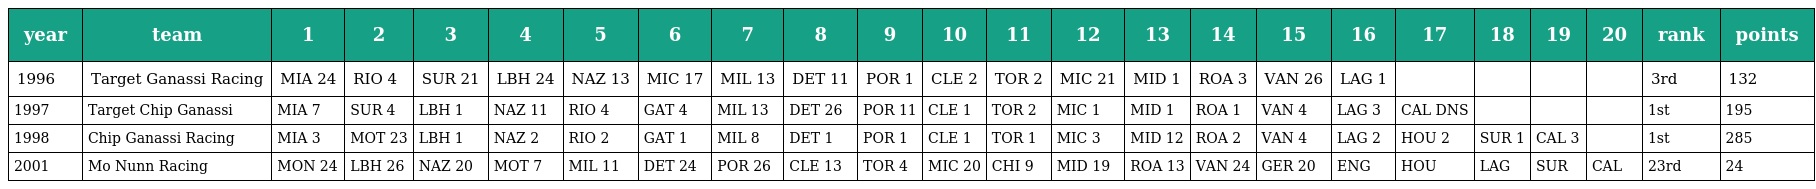
| year | team | 1 | 2 | 3 | 4 | 5 | 6 | 7 | 8 | 9 | 10 | 11 | 12 | 13 | 14 | 15 | 16 | 17 | 18 | 19 | 20 | rank | points |
 | --- | --- | --- | --- | --- | --- | --- | --- | --- | --- | --- | --- | --- | --- | --- | --- | --- | --- | --- | --- | --- | --- | --- | --- |
 | 1996 | Target Ganassi Racing | MIA 24 | RIO 4 | SUR 21 | LBH 24 | NAZ 13 | MIC 17 | MIL 13 | DET 11 | POR 1 | CLE 2 | TOR 2 | MIC 21 | MID 1 | ROA 3 | VAN 26 | LAG 1 |  |  |  |  | 3rd | 132 |
 | 1997 | Target Chip Ganassi | MIA 7 | SUR 4 | LBH 1 | NAZ 11 | RIO 4 | GAT 4 | MIL 13 | DET 26 | POR 11 | CLE 1 | TOR 2 | MIC 1 | MID 1 | ROA 1 | VAN 4 | LAG 3 | CAL DNS |  |  |  | 1st | 195 |
 | 1998 | Chip Ganassi Racing | MIA 3 | MOT 23 | LBH 1 | NAZ 2 | RIO 2 | GAT 1 | MIL 8 | DET 1 | POR 1 | CLE 1 | TOR 1 | MIC 3 | MID 12 | ROA 2 | VAN 4 | LAG 2 | HOU 2 | SUR 1 | CAL 3 |  | 1st | 285 |
 | 2001 | Mo Nunn Racing | MON 24 | LBH 26 | NAZ 20 | MOT 7 | MIL 11 | DET 24 | POR 26 | CLE 13 | TOR 4 | MIC 20 | CHI 9 | MID 19 | ROA 13 | VAN 24 | GER 20 | ENG | HOU | LAG | SUR | CAL | 23rd | 24 |